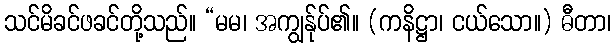
သင်မိခင်ဖခင်တို့သည်။ “မမ၊ အကျွန်ုပ်၏။ (ကနိဋ္ဌာ၊ ငယ်သော။) ဓီတာ၊